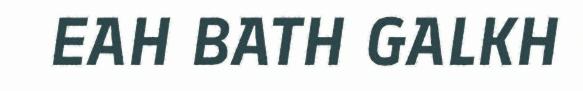
EAH BATH GALKH